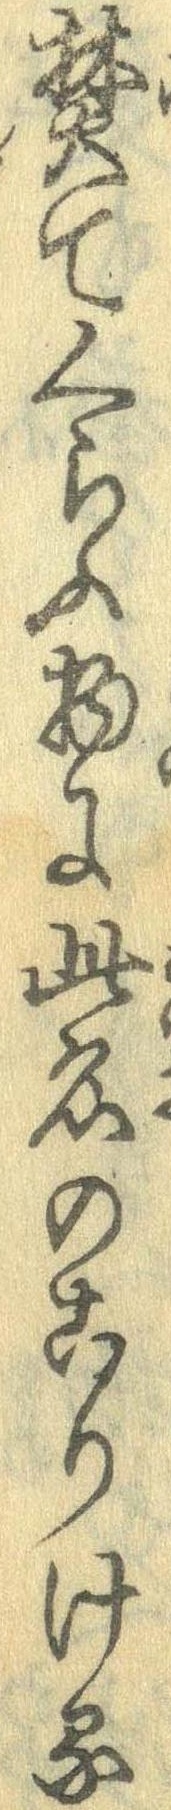
焚てくらふ物に此名のこりける